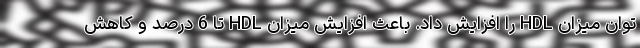
توان میزان HDL را افزایش داد. باعث افزایش میزان HDL تا 6 درصد و کاهش